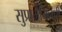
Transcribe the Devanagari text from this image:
सुप्रामैमिलारी